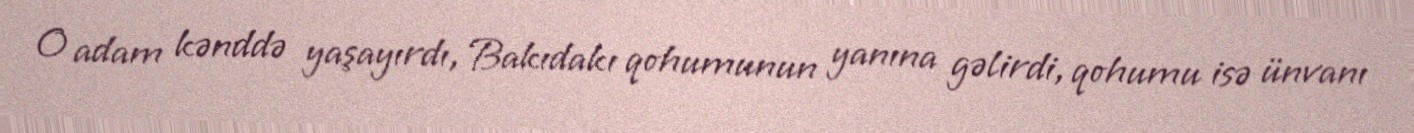
O adam kənddə yaşayırdı, Bakıdakı qohumunun yanına gəlirdi, qohumu isə ünvanı